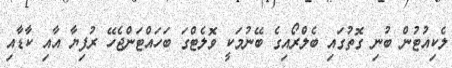
ލެކިއުޓުން ބުނި ގޮތުގައި ބެލްރޯއިގެ ބޭނުމަކީ ވޮލެޓްގަ ބަހައްޓަންޖެހޭ ރުފިޔާ އާއި ކާޑާއި